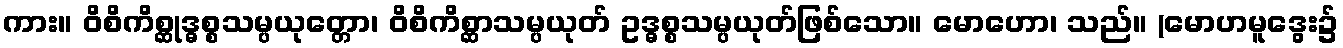
ကား။ ဝိစိကိစ္ဆုဒ္ဓစ္စသမ္ပယုတ္တော၊ ဝိစိကိစ္ဆာသမ္ပယုတ် ဥဒ္ဓစ္စသမ္ပယုတ်ဖြစ်သော။ မောဟော၊ သည်။ (မောဟမူဒွေး၌